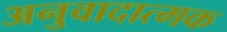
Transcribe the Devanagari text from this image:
अनुवादात्मक